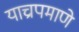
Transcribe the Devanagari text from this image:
याच्रपमाणे